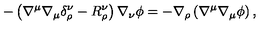
- \left( \nabla ^ { \mu } \nabla _ { \mu } \delta _ { \rho } ^ { \nu } - R _ { \rho } ^ { \nu } \right) \nabla _ { \nu } \phi = - \nabla _ { \rho } \left( \nabla ^ { \mu } \nabla _ { \mu } \phi \right) ,